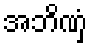
အဘိဏှံ